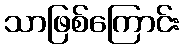
သာဖြစ်ကြောင်း